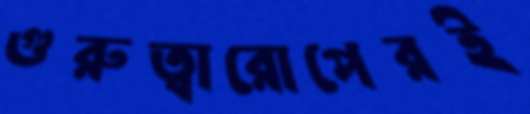
গুরুত্বারোপেরই